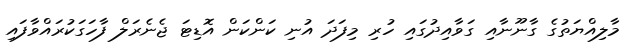
މާލިއްޔަތުގެ ގާނޫނާއި ގަވާއިދުގައި ހުރި މިފަދަ އުނި ކަންކަން އޮޑިޓަ ޖެނެރަލް ފާހަގަކުރައްވާފައި